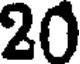
20